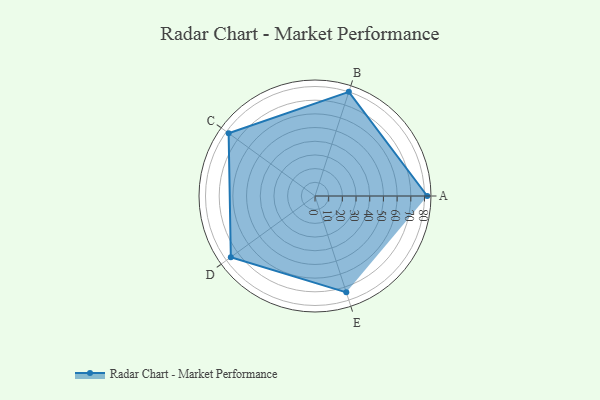
{"axis": {"x": "Skill", "y": "Score"}, "legend": ["Profile"], "data": [{"x": "A", "y": 82.0, "type": "Profile"}, {"x": "B", "y": 80.0, "type": "Profile"}, {"x": "C", "y": 78.0, "type": "Profile"}, {"x": "D", "y": 76.0, "type": "Profile"}, {"x": "E", "y": 74.0, "type": "Profile"}]}